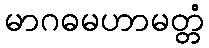
မာဂဓမဟာမတ္တံ